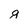
Character: g